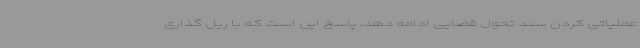
عملیاتی کردن سند تحول قضایی ادامه دهد، پاسخ این است که با ریل گذاری